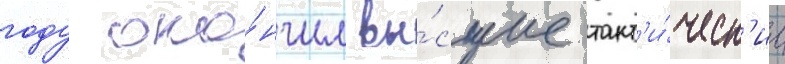
году око́нчил вы́сшие такт'и́ческ'ие